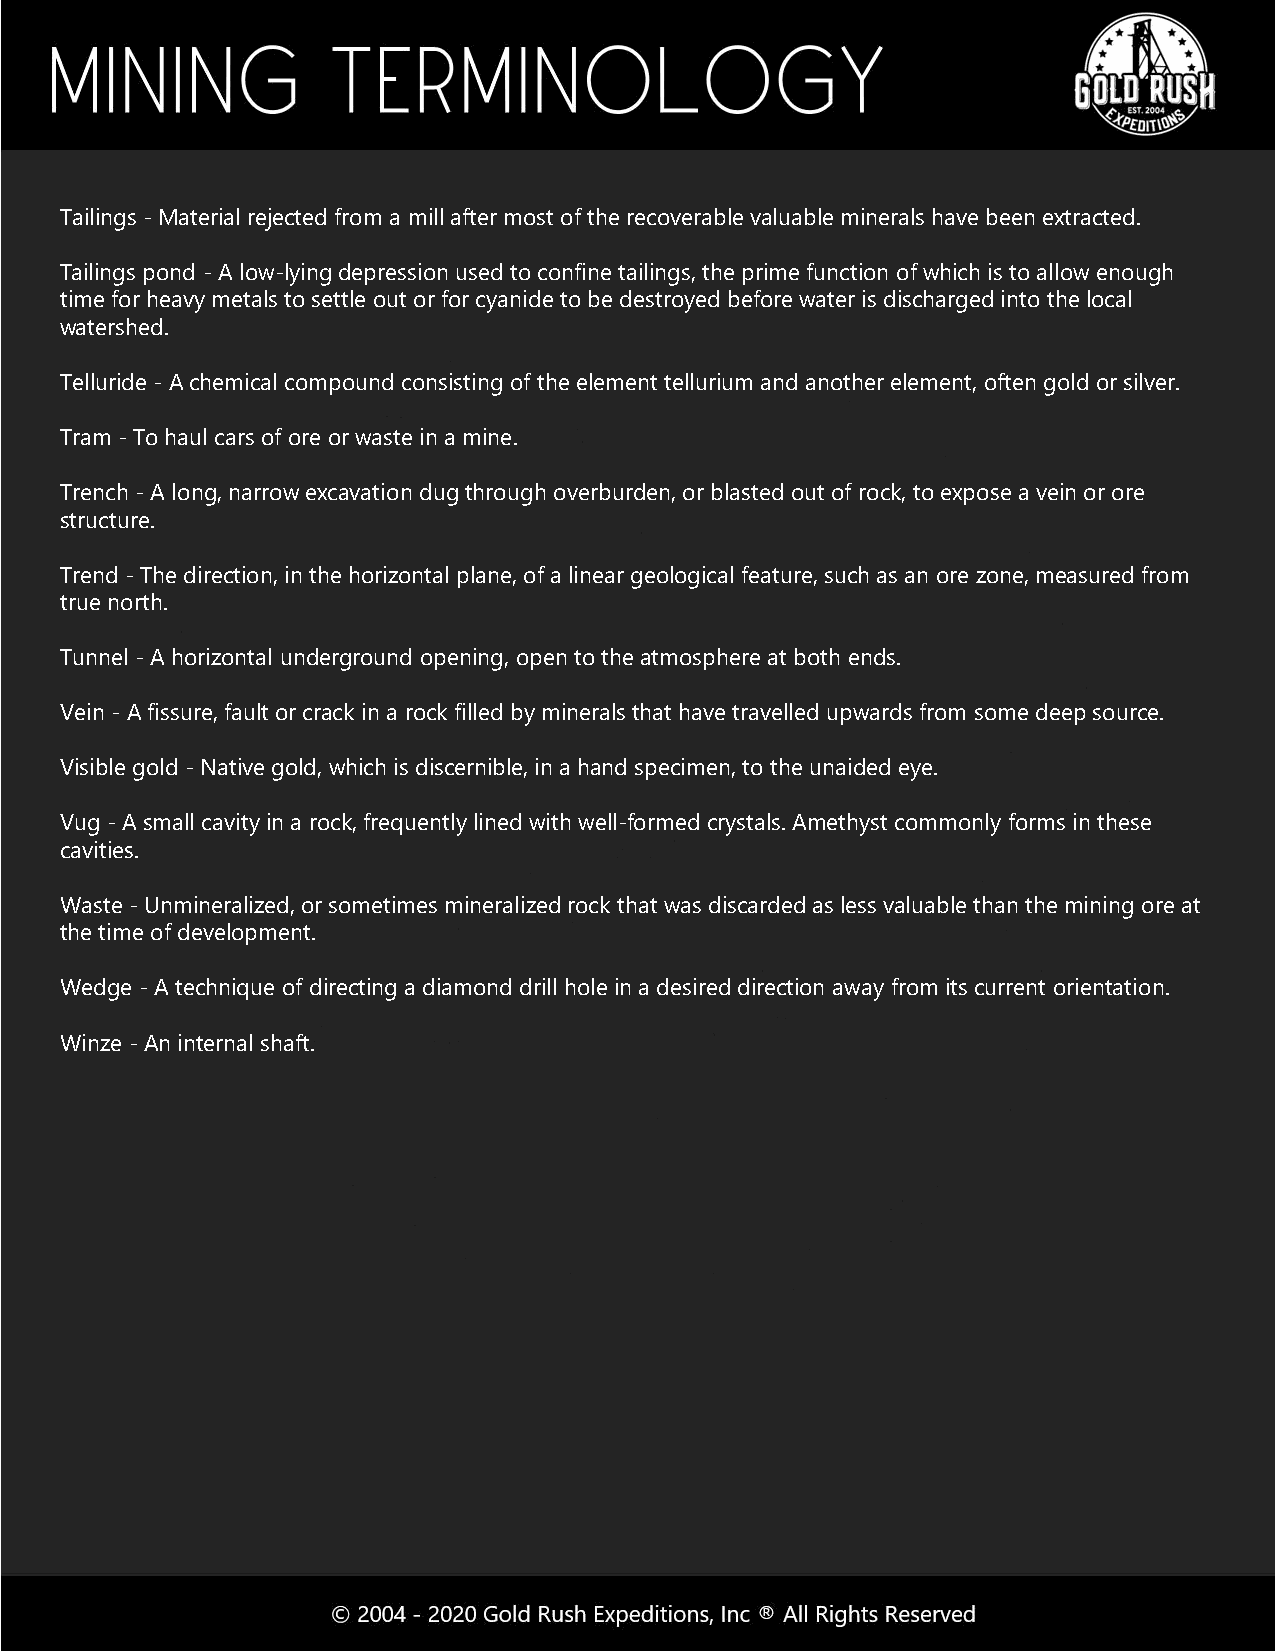
Tailings - Material rejected from a mill after most of the recoverable valuable minerals have been extracted.
 Tailings pond -A low-lying depression used to confine tailings, the prime function of which is to allow enough
 time for heavy metals to settle out or for cyanide to be destroyed before water is discharged into the local
 watershed.
 Telluride -A chemical compound consisting of the element tellurium and another element, often gold or silver.
 Tram - To haul cars of ore or waste in a mine.
 Trench -A long, narrow excavation dug through overburden, or blasted out of rock, to expose a vein or ore
 structure.
 Trend - The direction, in the horizontal plane, of a linear geological feature, such as an ore zone, measured from
 true north.
 Tunnel -A horizontal underground opening, open to the atmosphere at both ends.
 Vein - A fissure, fault or crack in a rock filled by minerals that have travelled upwards from some deep source.
 Visible gold -Native gold, which is discernible, in a hand specimen, to the unaided eye.
 Vug -A small cavity in a rock, frequently lined with well-formed crystals. Amethyst commonly forms in these
 cavities.
 Waste -Unmineralized, or sometimes mineralized rock that was discarded as less valuable than the mining ore at
 the time of development.
 Wedge -A technique of directing a diamond drill hole in a desired direction away from its current orientation.
 Winze -An internal shaft.